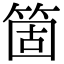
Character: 箇